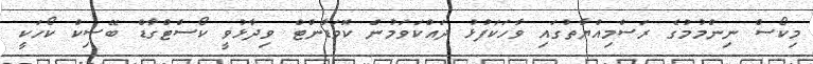
މިކޯސް ނިންމުމުގެ ރަސްމިއްޔާތުގައި ވާހަކަފުޅު ދައްކަވަމުން ކޮމަޑާންޓް ވިދާޅުވީ ކޯސްޓްގާޑް ބޭސިކް ކޯހަކީ